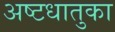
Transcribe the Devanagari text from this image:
अष्टधातुका